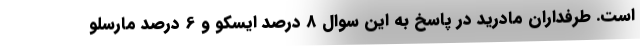
است. طرفداران مادرید در پاسخ به این سوال 8 درصد ایسکو و 6 درصد مارسلو